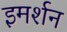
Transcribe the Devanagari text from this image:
इमर्शन